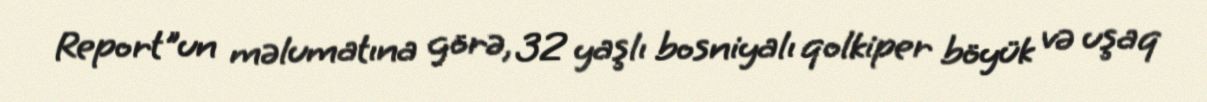
Report"un məlumatına görə, 32 yaşlı bosniyalı qolkiper böyük və uşaq